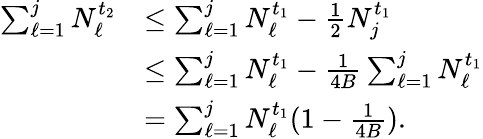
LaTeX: \begin{array}{rl}{\sum_{\ell=1}^{j}N_{\ell}^{t_{2}}}&{\le\sum_{\ell=1}^{j}N_{\ell}^{t_{1}}-\frac{1}{2}N_{j}^{t_{1}}}\\ &{\le\sum_{\ell=1}^{j}N_{\ell}^{t_{1}}-\frac{1}{4B}\sum_{\ell=1}^{j}N_{\ell}^{t_{1}}}\\ &{=\sum_{\ell=1}^{j}N_{\ell}^{t_{1}}(1-\frac{1}{4B}).}\end{array}